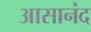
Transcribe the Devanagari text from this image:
आसानंद